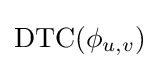
\operatorname {DTC} (\phi _{u,v})